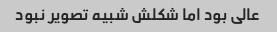
عالی بود اما شکلش شبیه تصویر نبود